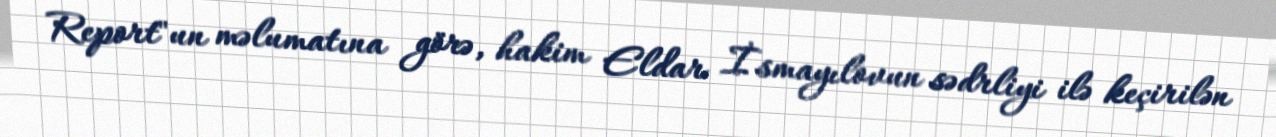
Report"un məlumatına görə, hakim Eldar İsmayılovun sədrliyi ilə keçirilən